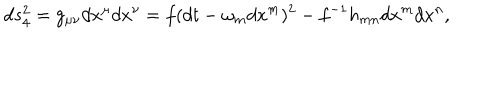
d s _ { 4 } ^ { 2 } = g _ { \mu \nu } d x ^ { \mu } d x ^ { \nu } = f ( d t - \omega _ { m } d x ^ { m } ) ^ { 2 } - f ^ { - 1 } h _ { m n } d x ^ { m } d x ^ { n } ,